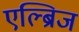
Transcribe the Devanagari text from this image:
एल्ब्रिज